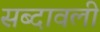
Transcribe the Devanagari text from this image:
सब्दावली